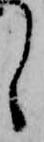
し